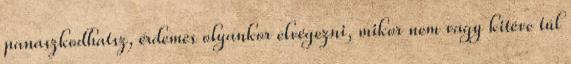
panaszkodhatsz, érdemes olyankor elvégezni, mikor nem vagy kitéve túl